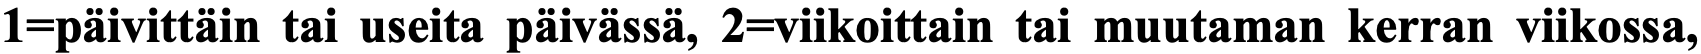
1=päivittäin tai useita päivässä, 2=viikoittain tai muutaman kerran viikossa,